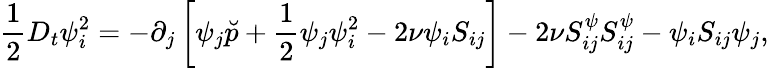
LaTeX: \frac{1}{2}D_{t}{\psi}_{i}^{2}=-\partial_{j}\left[{\psi}_{j}\breve{p}+\frac{1}{2}{\psi}_{j}{\psi}_{i}^{2}-2\nu{\psi}_{i}S_{ij}\right]-2\nu S_{ij}^{\psi}S_{ij}^{\psi}-{\psi}_{i}S_{ij}{\psi}_{j},